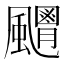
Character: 𩙊